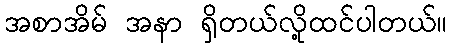
အစာအိမ် အနာ ရှိတယ်လို့ထင်ပါတယ်။